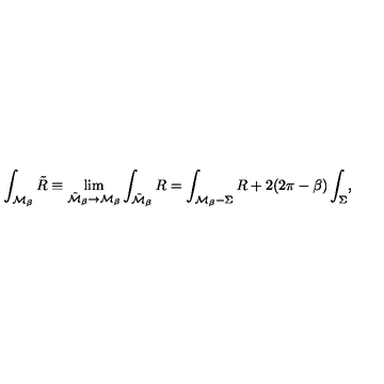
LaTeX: \int _ { { \cal M } _ { \beta } } { \tilde { R } } \equiv \lim _ { { \tilde { \cal M } } _ { \beta } \rightarrow { \cal M } _ { \beta } } \int _ { { \tilde { \cal M } } _ { \beta } } R = \int _ { { \cal M } _ { \beta } - \Sigma } R + 2 ( 2 \pi - \beta ) \int _ { \Sigma } ,